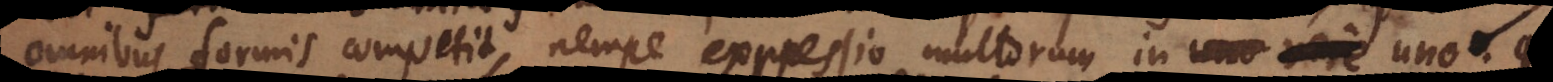
omnibus formis competit, nempe expressio multorum in uno,